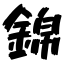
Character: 錦